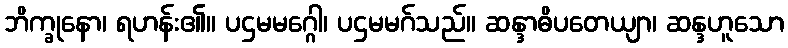
ဘိက္ခုနော၊ ရဟန်း၏။ ပဌမမဂ္ဂေါ၊ ပဌမမဂ်သည်။ ဆန္ဒာဓိပတေယျာ၊ ဆန္ဒဟူသော